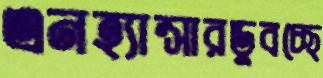
এনহ্যান্সারডুবচ্ছে